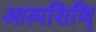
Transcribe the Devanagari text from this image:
आत्मसिणि्